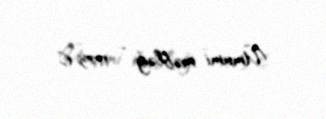
Ümumi məbləğ - 1173 €